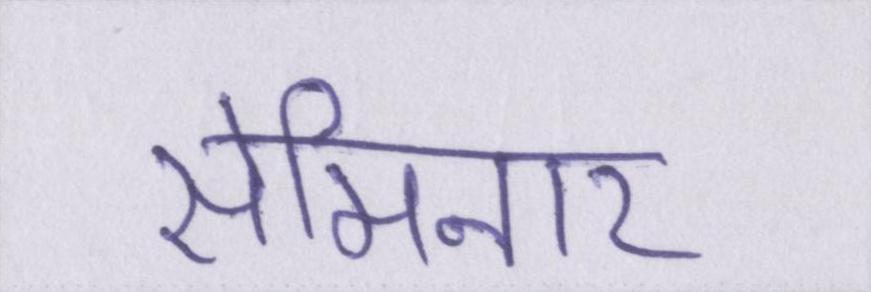
सेमिनार